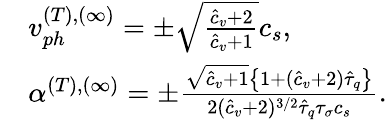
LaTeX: \begin{array}{rl}&{v_{ph}^{(T),(\infty)}=\pm\sqrt{\frac{\hat{c}_{v}+2}{\hat{c}_{v}+1}}c_{s},}\\ &{\alpha^{(T),(\infty)}=\pm\frac{\sqrt{\hat{c}_{v}+1}\left\{ 1+(\hat{c}_{v}+2)\hat{\tau}_{q}\right\} }{2(\hat{c}_{v}+2)^{3/2}\hat{\tau}_{q}\tau_{\sigma}c_{s}}.}\end{array}